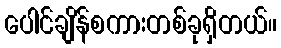
ပေါင်ချိန်စကားတစ်ခုရှိတယ်။